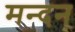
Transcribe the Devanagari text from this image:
मन्दन